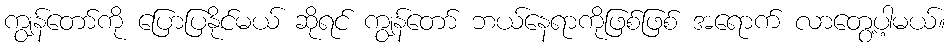
ကျွန်တော်ကို ပြောပြနိုင်မယ် ဆိုရင် ကျွန်တော် ဘယ်နေရာကိုဖြစ်ဖြစ် အရောက် လာတွေ့ပါ့မယ်။